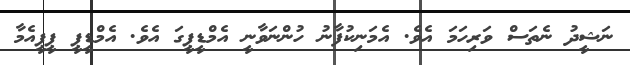
ނަޝީދު ނެތަސް ވަރިހަމަ އެވެ. އެމަނިކުފާނު ހުންނަވާނީ އެމްޑީޕީގަ އެވެ. އެމްޑީޕީ ޕީޕީއެމާ